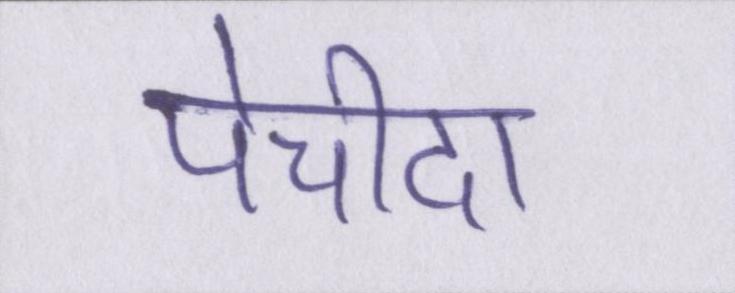
पेचीदा